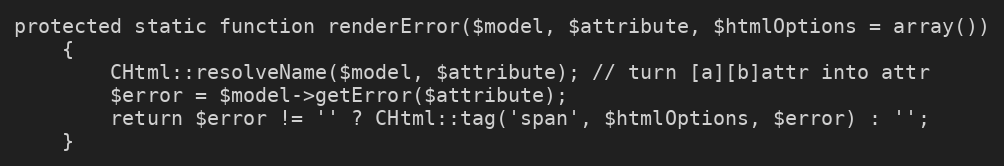
Language: PHP
protected static function renderError($model, $attribute, $htmlOptions = array())
	{
		CHtml::resolveName($model, $attribute); // turn [a][b]attr into attr
		$error = $model->getError($attribute);
		return $error != '' ? CHtml::tag('span', $htmlOptions, $error) : '';
	}